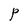
Character: P